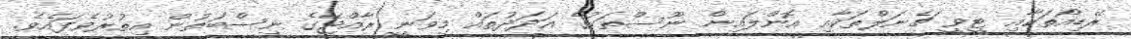
ރޭޑިއޯތަކާއި ޓީވީ ޗެނަލްތަކާއި އޮންލައިން ނޫސްތަކުގެ އަދަދުތައް މިވަނީ ރާއްޖޭގެ ނިސްބަތުން އިތުރުވެފައެވެ.